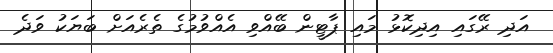
އަދި ރޭގައި އިދިކޮޅު މައި ޕާޓީން ބޭއްވި އެއްވުމުގެ ތެރެއަށް ބަޔަކު ވަދެ